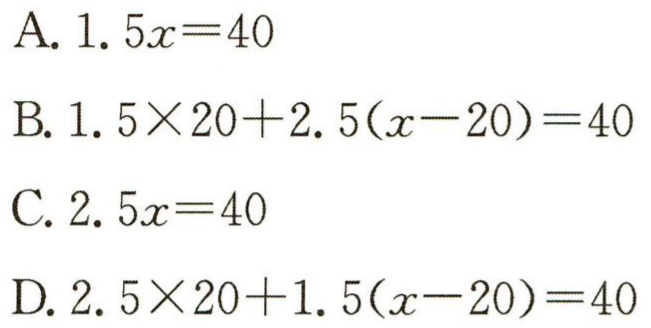
A. \(1.5x = 40\)

B. \(1.5\times20 + 2.5(x - 20)=40\)

C. \(2.5x = 40\)

D. \(2.5\times20+1.5(x - 20)=40\)